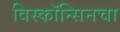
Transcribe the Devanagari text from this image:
विस्कॉन्सिनचा